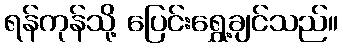
ရန်ကုန်သို့ ပြေင်းရွှေ့ချင်သည်။